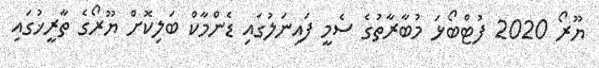
ޔޫރޯ 2020 ފުޓްބޯޅަ މުބާރާތުގެ ސެމީ ފައިނަލުގައި ޑެންމާކް ބަލިކޮށް ޔޫރޯގެ ތާރީޚުގައި